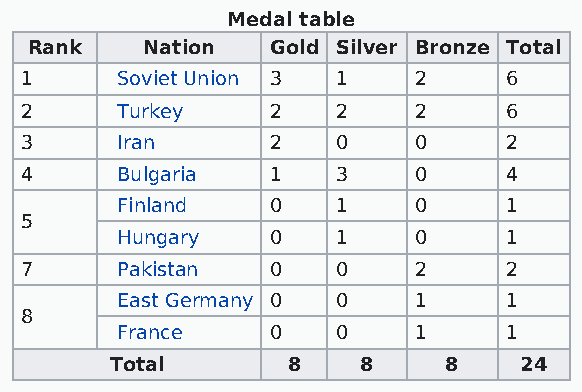
Medal table
 Rank   Nation   Gold Silver Bronze Total
 1      Soviet Union 3 1   2     6
 2      Turkey    2   2    2     6
 3      Iran      2   0    0     2
 4      Bulgaria  1   3    0     4
 Finland   0   1    0     1
 5
 Hungary   0   1    0     1
 7      Pakistan  0   0    2     2
 East Germany 0 0   1     1
 8
 France    0   0    1     1
 Total       8    8    8    24